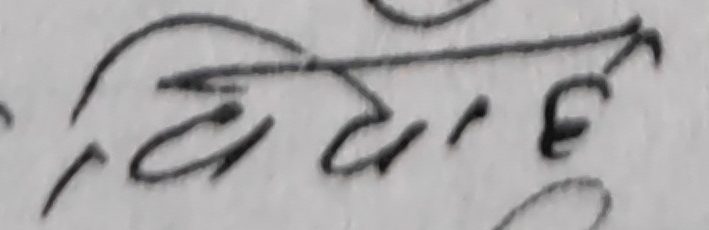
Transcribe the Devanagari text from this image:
विवाह